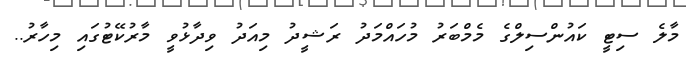
މާލެ ސިޓީ ކައުންސިލްގެ މެމްބަރު މުހައްމަދު ރަޝީދު މިއަދު ވިދާޅުވީ މާރުކޭޓުގައި މިހާރު..